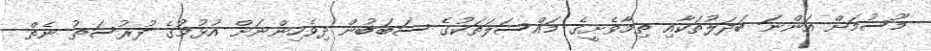
މޫސުމަށް އަންނަ ބަދަލުތަކާއި ތިމާވެށީގެ މައްސަލަތަކުގެ ސަބަބުން ދިވެހިންނަށް އުޅުމުގެ ފުރުސަތު ނެތް